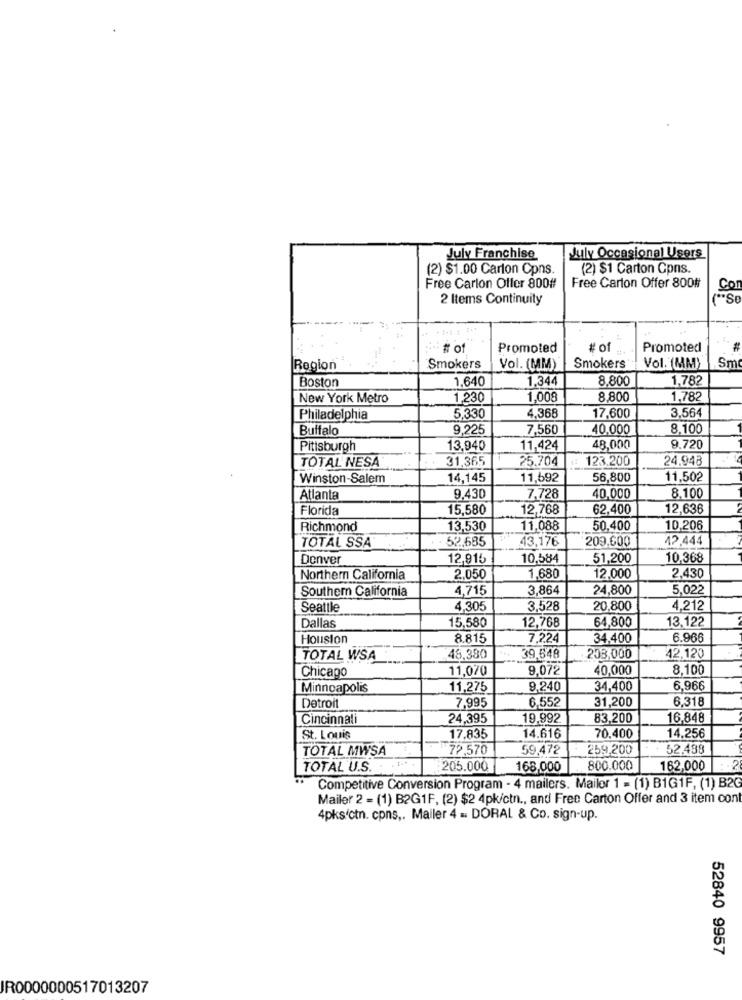
July Franchise
July Occasional Users
(2) $1.00 Carton Cpns.
(2) $1 Carton Cpns.
Free Carlon Offer 800#
Free Carton Offer 800#
Co
2 Items Continuity
# of
Promoted
# of
Promoted
Region
Smokers
Vol. (MM)
Smokers
Vol. (MM)
Smo
Boston
1,640
1,344
8,800
1,782
New York Metro
1,230
1,008
8,800
1,782
Philadelphia
5,330
4,368
17,600
3.564
Buffalo
9,225
7,560
40,000
8.100
Pittsburgh
13,940
11,424
48,000
9.720
TOTAL NESA
31,365
25,704
123.200
24.948
Winston-Salem
14,145
11,692
56,800
11,502
Atlanta
9.430
7,728
40,000
8.100
Florida
15,580
12,768
62,400
12,636
Richmond
13,530
11,088
50,400
10,206
52,685
43,176
42,444
TOTAL SSA
209.600
Denver
12,915
10,584
51,200
10,368
Northern California
2.050
1,680
12,000
2,430
Southern California
4,715
3,864
24,800
5.022
Seattle
4,305
3,528
20,800
4.212
15,580
12,768
64,800
13,122
Dallas
Houston
8.815
7,224
34,400
6.966
TOTAL WSA
48,380
39,548
258,000
42,120
Chicago
11,070
9,072
40,000
8,100
Minneapolis
11,275
9,240
34,400
6,966
Detroit
6,552
31,200
6,318
7,995
Cincinnati
24,395
19,992
83,200
16,848
70,400
14.256
St. Louis
17,835
14.616
TOTAL MWSA
72,570
59,472
259,200
52,438
TOTAL U.S.
:205.000
168,000
800.000
162,000
Competitive Conversion Program - 4 mailers. Mailor 1 = (1) B1G1F, (1) B2G
Mailer 2 = (1) B2G1F, (2) $2 4pk/ctn ., and Free Carton Offer and 3 item con
4pks(ctn. cons ,. Mailer 4 = DORAL & Co. sign-up.
52840 9957
IR0000000517013207